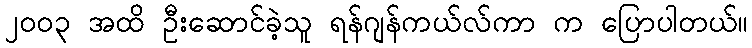
၂၀၀၃ အထိ ဦးဆောင်ခဲ့သူ ရန်ဂျန်ကယ်လ်ကာ က ပြောပါတယ်။